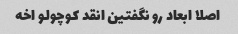
اصلا ابعاد رو نگفتین انقد کوچولو اخه